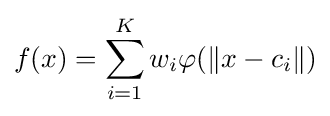
f(x)=\sum _{i=1}^{K}w_{i}\varphi (\left\|x-c_{i}\right\|)